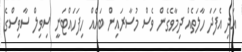
އަދި އެފަދަ ހާލަތެއް ދިމާވެގެން ވެސް މުސާރައިން ބައެއް ހިފަހައްޓަނީ ސިވިލް ސާވިސްގެ